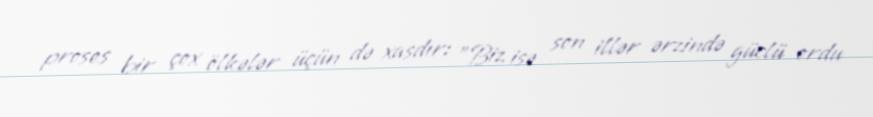
proses bir çox ölkələr üçün də xasdır: "Biz isə son illər ərzində güclü ordu